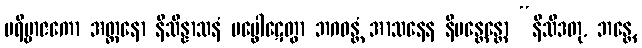
ပရိဗ္ဗာဇကော အတ္တနော နိသိန္နာသနံ ပပ္ဖေါဋေတွာ ဘဂဝန္တံ အာသနေန နိမန္တေန္တော “နိသီဒတု, ဘန္တေ,